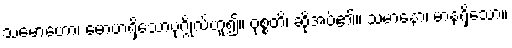
သမောဟော၊ မောဟရှိသောပုဂ္ဂိုလ်ဟူ၍။ ဝုစ္စတိ၊ ဆိုအပ်၏။ သမာနော၊ မာနရှိသော။